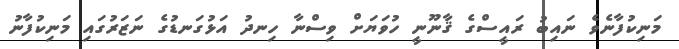
މަނިކުފާނެވެ ނައިބު ރައީސްގެ ޤާނޫނީ ހުވަޔަށް ވިސްނާ ހިނދު އަޅުގަނޑުގެ ނަޒަރުގައި މަނިކުފާނު